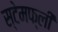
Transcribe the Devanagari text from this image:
स्टेमफ्ली